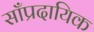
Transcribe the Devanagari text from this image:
साँप्रदायिक